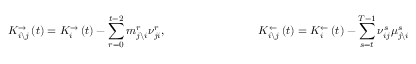
K _ { i \backslash j } ^ { \rightarrow } \left( t \right) = K _ { i } ^ { \rightarrow } \left( t \right) - \sum _ { r = 0 } ^ { t - 2 } m _ { j \backslash i } ^ { r } \nu _ { j i } ^ { r } , \qquad \qquad \qquad \qquad K _ { i \backslash j } ^ { \leftarrow } \left( t \right) = K _ { i } ^ { \leftarrow } \left( t \right) - \sum _ { s = t } ^ { T - 1 } \nu _ { i j } ^ { s } \mu _ { j \backslash i } ^ { s }